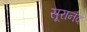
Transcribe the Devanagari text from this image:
सूरानंद